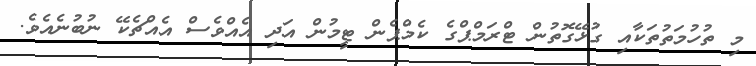
މި ތުހުމަތުތަކާއި ގުޅޭގޮތުން ޓްރަމްޕްގެ ކެމްޕެން ޓީމުން އަދި އެއްވެސް އެއްޗެކޭ ނުބުނެއެވެ.